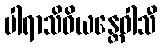
ပါရာသိဝိယန္တေဝါသီ